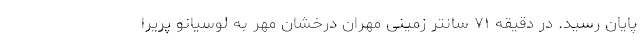
پایان رسید. در دقیقه ۷۱ سانتر زمینی مهران درخشان مهر به لوسیانو پریرا